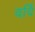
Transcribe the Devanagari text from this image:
वर्दि